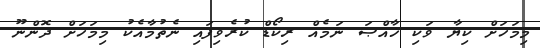
މިމަހަށް ކިޔާ ވަކި ޚާއްޞަ ނަމެއް ރިކޯޑް ކުރެވިފައި ނެތުމާއެކު މިމަހަށް ދޮންނޫ